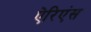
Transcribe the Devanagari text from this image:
ऐरिएंस